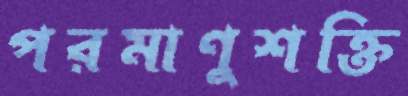
পরমাণুশক্তি